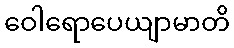
ဝေါရောပေယျာမာတိ